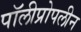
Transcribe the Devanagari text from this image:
पॉलीप्रोपलीन